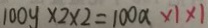
1 0 0 y \times 2 \times 2 = 1 0 0 x \times 1 \times 1